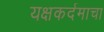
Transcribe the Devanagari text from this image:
यक्षकर्दमाचा